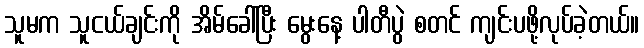
သူမက သူငယ်ချင်းကို အိမ်ခေါ်ပြီး မွေးနေ့ ပါတီပွဲ စတင် ကျင်းပဖို့လုပ်ခဲ့တယ်။